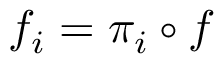
f _ { i } = \pi _ { i } \circ f